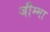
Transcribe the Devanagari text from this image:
जीम्मा